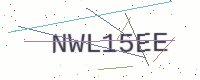
Text: NWL15EE